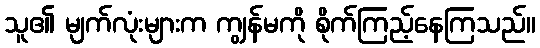
သူ၏ မျက်လုံးများက ကျွန်မကို စိုက်ကြည့်နေကြသည်။